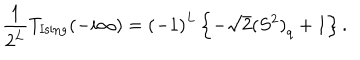
\frac { 1 } { 2 ^ { L } } T _ { \mathrm { I s i n g } } ( - i \infty ) = { ( - 1 ) } ^ { L } \left\{ - \sqrt { 2 } { ( S ^ { 2 } ) } _ { q } + 1 \right\} .